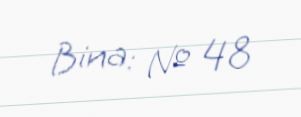
Bina: № 48